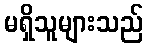
မရှိသူများသည်